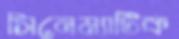
সিনেম্যাটিক